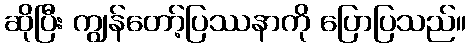
ဆိုပြီး ကျွန်တော့်ပြဿနာကို ပြောပြသည်။